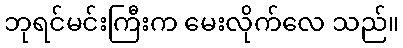
ဘုရင်မင်းကြီးက မေးလိုက်လေ သည်။